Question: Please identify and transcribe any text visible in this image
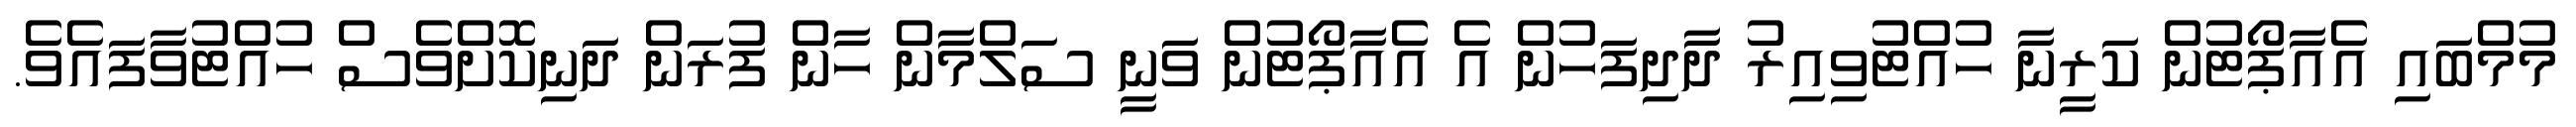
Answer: މުމްބައި އެއާޕޯޓުން ކަރީނާ ހުއްޓުވިއިރު ދާދިފަހުން އެ އެއާޕޯޓުން ވަނީ ސަލްމާން ހާން ފުރަން ދަނިކޮށްވެސް ހުއްޓުވާފައެވެ.